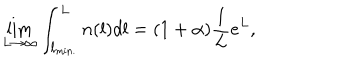
\lim _ { L \to \infty } \int _ { l _ { \mathrm { m i n . } } } ^ { L } n ( l ) d l = ( 1 + \alpha ) { \frac { 1 } { L } } e ^ { L } ,